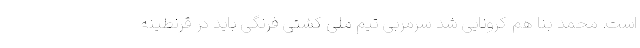
است. محمد بنا هم کرونایی شد سرمربی تیم ملی کشتی فرنگی باید در قرنطینه